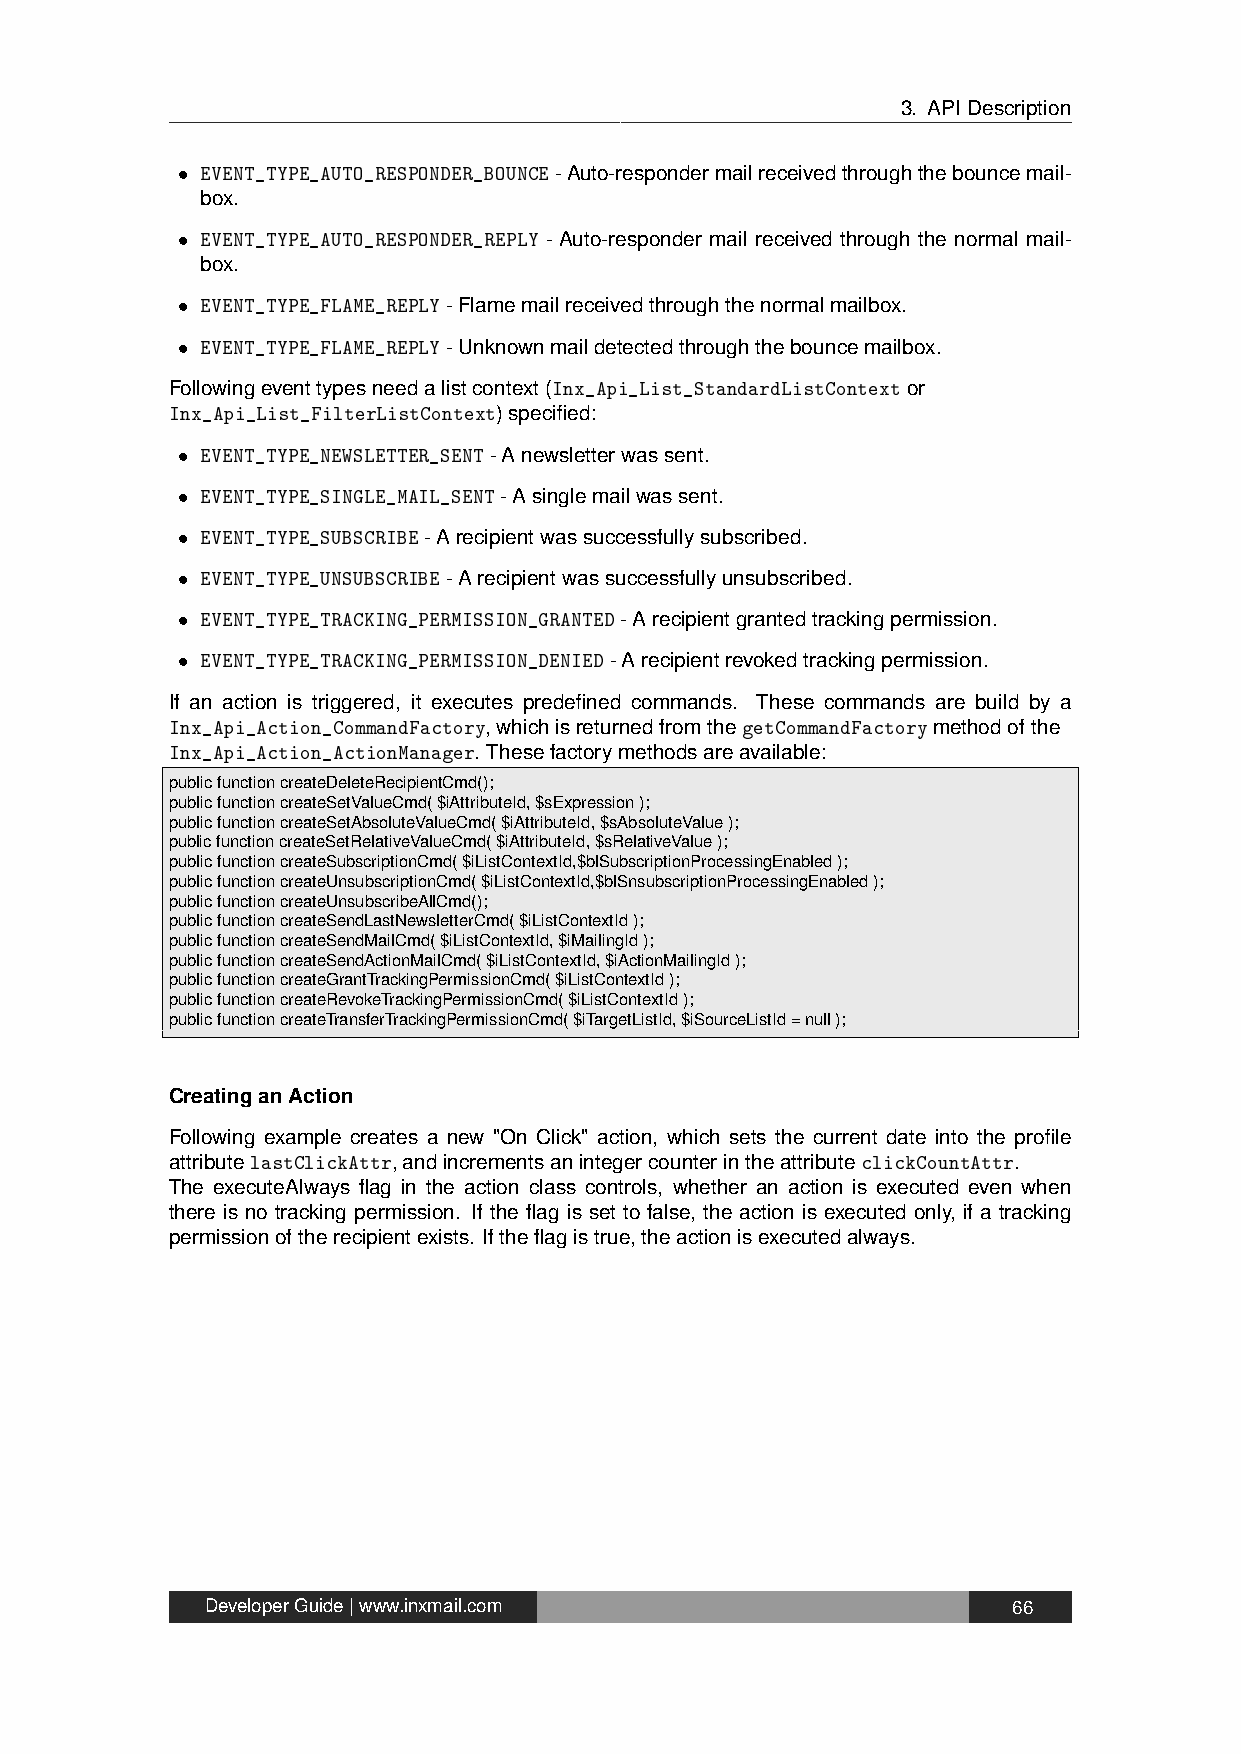
3. APIDescription
 • EVENT_TYPE_AUTO_RESPONDER_BOUNCE-Auto-respondermailreceivedthroughthebouncemail-
 box.
 • EVENT_TYPE_AUTO_RESPONDER_REPLY - Auto-responder mail received through the normal mail-
 box.
 • EVENT_TYPE_FLAME_REPLY-Flamemailreceivedthroughthenormalmailbox.
 • EVENT_TYPE_FLAME_REPLY-Unknownmaildetectedthroughthebouncemailbox.
 Followingeventtypesneedalistcontext(Inx_Api_List_StandardListContextor
 Inx_Api_List_FilterListContext)specified:
 • EVENT_TYPE_NEWSLETTER_SENT-Anewsletterwassent.
 • EVENT_TYPE_SINGLE_MAIL_SENT-Asinglemailwassent.
 • EVENT_TYPE_SUBSCRIBE-Arecipientwassuccessfullysubscribed.
 • EVENT_TYPE_UNSUBSCRIBE-Arecipientwassuccessfullyunsubscribed.
 • EVENT_TYPE_TRACKING_PERMISSION_GRANTED-Arecipientgrantedtrackingpermission.
 • EVENT_TYPE_TRACKING_PERMISSION_DENIED-Arecipientrevokedtrackingpermission.
 If an action is triggered, it executes predefined commands. These commands are build by a
 Inx_Api_Action_CommandFactory,whichisreturnedfromthegetCommandFactorymethodofthe
 Inx_Api_Action_ActionManager. Thesefactorymethodsareavailable:
 publicfunctioncreateDeleteRecipientCmd();
 publicfunctioncreateSetValueCmd($iAttributeId,$sExpression);
 publicfunctioncreateSetAbsoluteValueCmd($iAttributeId,$sAbsoluteValue);
 publicfunctioncreateSetRelativeValueCmd($iAttributeId,$sRelativeValue);
 publicfunctioncreateSubscriptionCmd($iListContextId,$blSubscriptionProcessingEnabled);
 publicfunctioncreateUnsubscriptionCmd($iListContextId,$blSnsubscriptionProcessingEnabled);
 publicfunctioncreateUnsubscribeAllCmd();
 publicfunctioncreateSendLastNewsletterCmd($iListContextId);
 publicfunctioncreateSendMailCmd($iListContextId,$iMailingId);
 publicfunctioncreateSendActionMailCmd($iListContextId,$iActionMailingId);
 publicfunctioncreateGrantTrackingPermissionCmd($iListContextId);
 publicfunctioncreateRevokeTrackingPermissionCmd($iListContextId);
 publicfunctioncreateTransferTrackingPermissionCmd($iTargetListId,$iSourceListId=null);
 CreatinganAction
 Following example creates a new "On Click" action, which sets the current date into the profile
 attributelastClickAttr,andincrementsanintegercounterintheattributeclickCountAttr.
 The executeAlways flag in the action class controls, whether an action is executed even when
 there is no tracking permission. If the flag is set to false, the action is executed only, if a tracking
 permissionoftherecipientexists. Iftheflagistrue,theactionisexecutedalways.
 DeveloperGuide|www.inxmail.com                       66